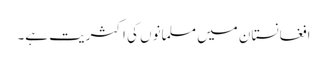
افغانستان میں مسلمانوں کی اکثریت ہے۔